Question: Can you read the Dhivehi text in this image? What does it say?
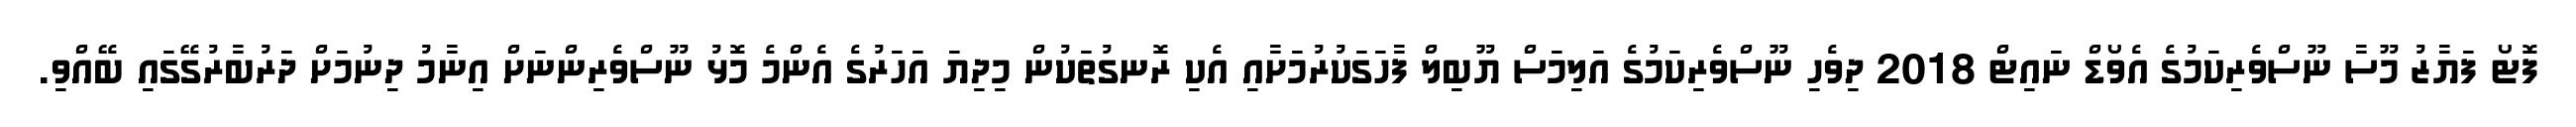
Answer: ފޮޓޯ ފަޔާޒު މޫސާ ނޫސްވެރިކަމުގެ އެވޯޑް ނައިޓް 2018 ދިވެހި ނޫސްވެރިކަމުގެ އަލިމަސް ޔޫބިލް ފާހަގަކުރުމަށާއި އެކި ރޮނގުތަކުން މިދިޔަ އަހަރުގެ އެންމެ މޮޅު ނޫސްވެރިންނަށް އިނާމު ދިނުމަށް ދަރުބާރުގޭގައި ބޭއްވި.